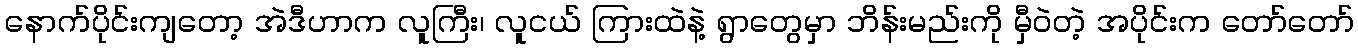
နောက်ပိုင်းကျတော့ အဲဒီဟာက လူကြီး၊ လူငယ် ကြားထဲနဲ့ ရွာတွေမှာ ဘိန်းမည်းကို မှီဝဲတဲ့ အပိုင်းက တော်တော်